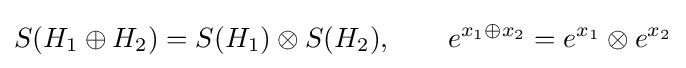
S(H_{1}\oplus H_{2})=S(H_{1})\otimes S(H_{2}),\qquad e^{x_{1}\oplus x_{2}}=e^{x_{1}}\otimes e^{x_{2}}